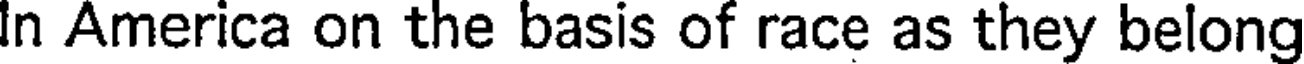
In America on the basis of race as they belong